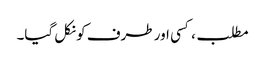
مطلب، کسی اور طرف کو نکل گیا۔